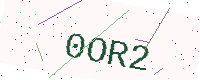
Text: 0OR2